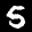
Label: 5